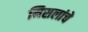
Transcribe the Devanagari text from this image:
मिसलांचे